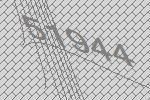
51944